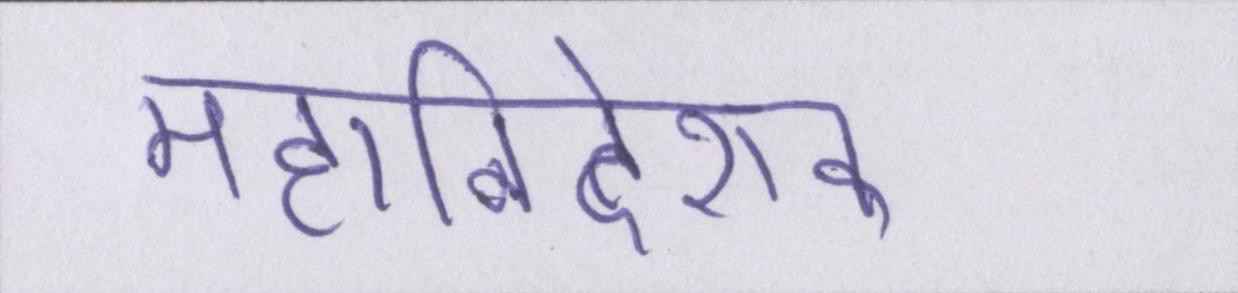
महानिदेशक